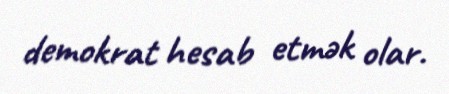
demokrat hesab etmək olar.